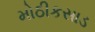
મોઠીકસાડ